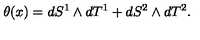
\theta ( x ) = d S ^ { 1 } \wedge d T ^ { 1 } + d S ^ { 2 } \wedge d T ^ { 2 } .